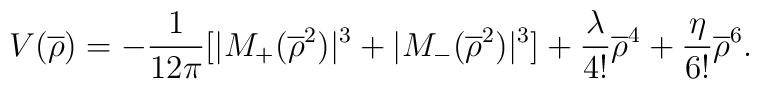
V(\overline{\rho})=-\frac{1}{12\pi}[|M_{+}(\overline{\rho}^{2})|^{3}+|M_{-}(\overline{\rho}^{2})|^{3}]+\frac{\lambda}{4!}\overline{\rho}^{4}+\frac{\eta}{6!}\overline{\rho}^{6}.